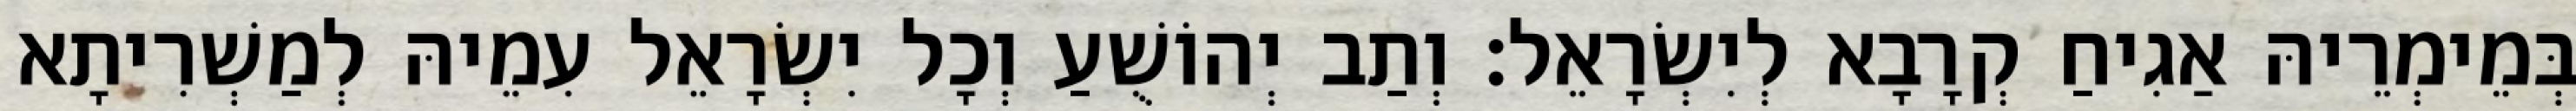
בְּמֵימְרֵיהּ אַגִיחַ קְרָבָא לְיִשְׂרָאֵל׃ וְתַב יְהוֹשֻׁעַ וְכָל יִשְׂרָאֵל עִמֵיהּ לְמַשְׁרִיתָא